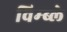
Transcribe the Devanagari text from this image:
विम्ब्ले